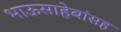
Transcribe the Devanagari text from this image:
भाऊसाहेबांसह